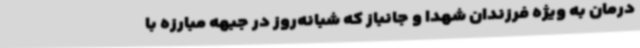
درمان به ویژه فرزندان شهدا و جانباز که شبانه‌روز در جبهه مبارزه با